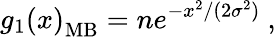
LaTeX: g_{1}\left(x\right)_{\mathrm{MB}}=ne^{-x^{2}/(2\sigma^{2})}\ ,